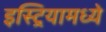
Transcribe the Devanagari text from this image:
इस्ट्रियामध्ये